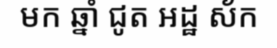
មក ឆ្នាំ ជូត អដ្ឋ ស័ក